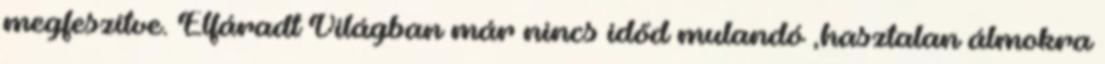
megfeszítve. Elfáradt Világban már nincs időd mulandó ,hasztalan álmokra